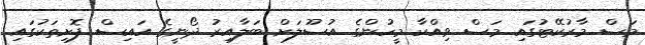
މަސް މާރުކޭޓުގައި މަސް ވިއްކާ މީހުންގެ އުސޫލަށް ބަލާއިރު ދޯނީގެ އައިސް ފޮށިތަކުގައި